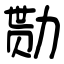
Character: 勚